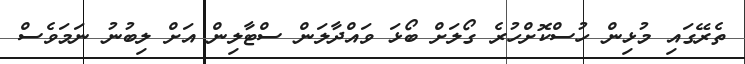
ތެރޭގައި މުޅިން ހުސްކޮށްހުރެ ގޯލަށް ބޯޅަ ވައްދާލަން ސްޓާލިން އަށް ލިބުނު ނަމަވެސް